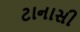
ટાનાસી